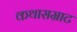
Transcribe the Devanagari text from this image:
कथासम्राट